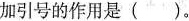
加引号的作用是()。